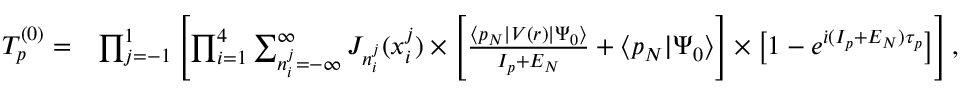
\begin{array} { r l } { T _ { \boldsymbol { p } } ^ { ( 0 ) } = } & { \prod _ { \substack { j = - 1 } } ^ { 1 } \left[ \prod _ { \substack { i = 1 } } ^ { 4 } \sum _ { n _ { i } ^ { j } = - \infty } ^ { \infty } J _ { n _ { i } ^ { j } } ( x _ { i } ^ { j } ) \times \left[ \frac { \langle \boldsymbol { p } _ { N } | V ( \boldsymbol { r } ) | \Psi _ { 0 } \rangle } { I _ { p } + E _ { N } } + \langle \boldsymbol { p } _ { N } | \Psi _ { 0 } \rangle \right] \times \left[ 1 - e ^ { \dot { \iota } ( I _ { p } + E _ { N } ) \tau _ { p } } \right] \right] , } \end{array}